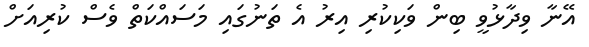
އޭނާ ވިދާޅުވީ ބިން ވަކިކުރި އިރު އެ ތަނުގައި މަސައްކަތް ވެސް ކުރިއަށް